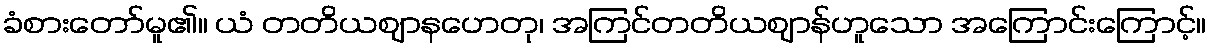
ခံစားတော်မူ၏။ ယံ တတိယဈာနဟေတု၊ အကြင်တတိယဈာန်ဟူသော အကြောင်းကြောင့်။